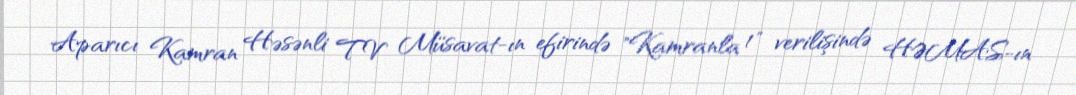
Aparıcı Kamran Həsənli TV Müsavat-ın efirində "Kamranla 1" verilişində HƏMAS-ın